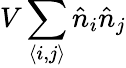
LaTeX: V\sum_{\langle i,j\rangle}\hat{n}_{i}\hat{n}_{j}